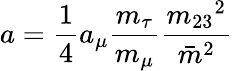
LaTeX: a=\frac{1}{4}a_{\mu}\frac{m_{\tau}}{m_{\mu}}\frac{{m_{23}}^{2}}{{\bar{m}}^{2}}